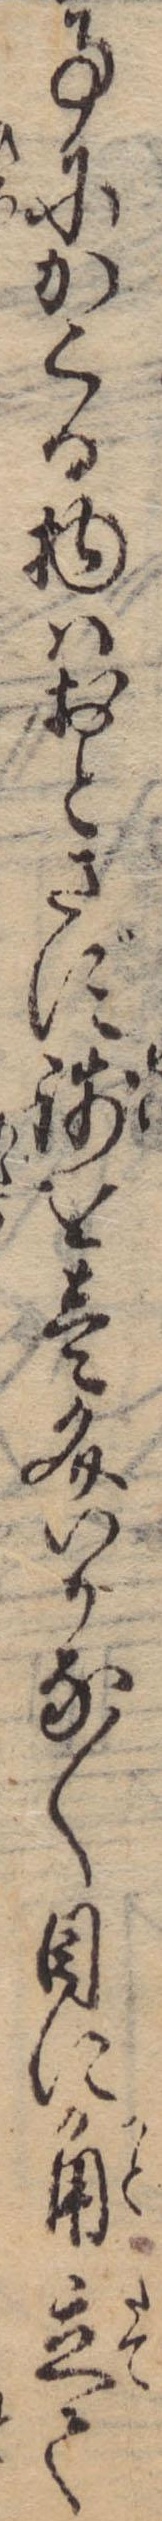
事にかくる物はおとさず銭を壱文いかな〱目に角立て